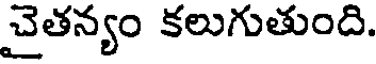
చైతన్యం కలుగుతుంది.